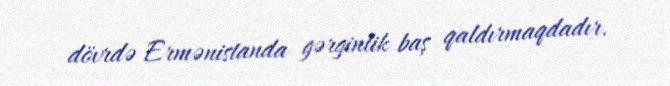
dövrdə Ermənistanda gərginlik baş qaldırmaqdadır.